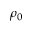
\rho _ { 0 }